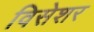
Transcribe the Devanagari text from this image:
विसेशर